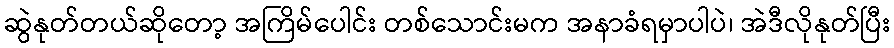
ဆွဲနုတ်တယ်ဆိုတော့ အကြိမ်ပေါင်း တစ်သောင်းမက အနာခံရမှာပါပဲ၊ အဲဒီလိုနုတ်ပြီး